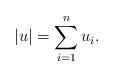
\begin{align*}|u| = \sum_{i=1}^n u_i.\end{align*}